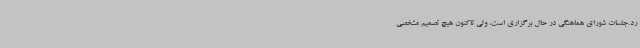
رد.جلسات شورای هماهنگی در حال برگزاری است، ولی تاکنون هیچ تصمیم مشخصی